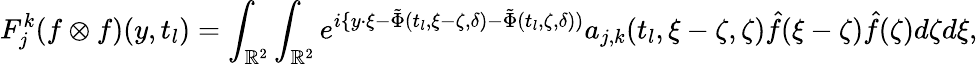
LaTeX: F_{j}^{k}(f\otimes f)(y,t_{l})=\int_{\mathbb{R}^{2}}\int_{\mathbb{R}^{2}}e^{i\{ y\cdot\xi-\tilde{\Phi}(t_{l},\xi-\zeta,\delta)-\tilde{\Phi}(t_{l},\zeta,\delta))}a_{j,k}(t_{l},\xi-\zeta,\zeta)\hat{f}(\xi-\zeta)\hat{f}(\zeta)d\zeta d\xi,